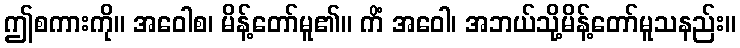
ဤစကားကို။ အဝေါစ၊ မိန့်တော်မူ၏။ ကိံ အဝေါ၊ အဘယ်သို့မိန့်တော်မူသနည်း။